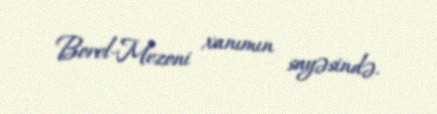
Borel-Mezoni xanımın sayəsində.